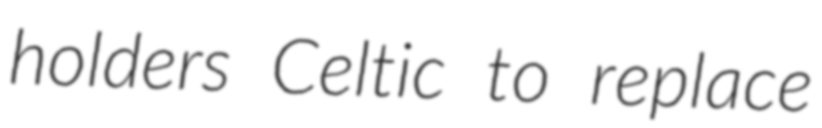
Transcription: holders Celtic to replace